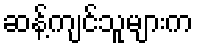
ဆန့်ကျင်သူများက